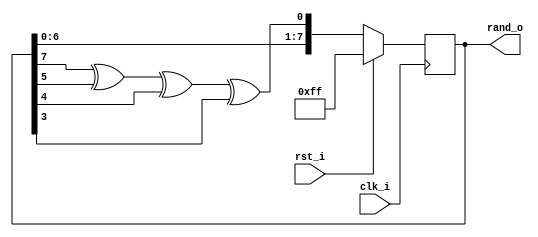
//                              -*- Mode: Verilog -*-
// Description     : LFSR Random Number Generator
// Last Modified By: Patrick
// Update Count    : 0
// Status          : Unknown, Use with caution!
// Based on https://simplefpga.blogspot.com/2013/02/random-number-generator-in-verilog-fpga.html


module lfsr (/*AUTOARG*/
   // Outputs
   rand_o,
   // Inputs
   clk_i, rst_i
   ) ;
   input wire clk_i;
   input wire rst_i;
   output wire [7:0] rand_o;

   wire              feedback_w;

   reg [7:0] rand_r;

   always @ (posedge clk_i) begin
      if (rst_i) begin
         rand_r <= 8'hFF;
      end else begin
         rand_r <= {rand_r[6:0], feedback_w};
      end
   end

   assign feedback_w = rand_r[7] ^ rand_r[5]  ^ rand_r[4]  ^ rand_r[3];
   assign rand_o = rand_r;
endmodule // lfsr